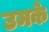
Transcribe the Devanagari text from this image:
उमके